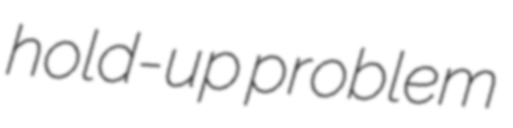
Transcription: hold-up problem